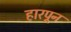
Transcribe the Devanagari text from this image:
हारपून